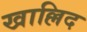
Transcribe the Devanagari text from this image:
खाल्लिद